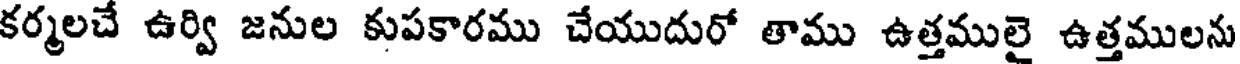
కర్మలచే ఉర్వి జనుల కుపకారము చేయుదురో తాము ఉత్తములై ఉత్తములను